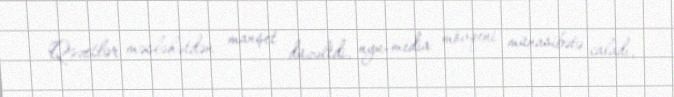
Qəzetlər məsləhətdən manşet düzəltdi, nyu-media mövqeni münasibətə caladı,